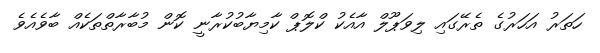
ހަތަރު އަހަރުގެ ތެރޭގައި ލިވަޕޫލް އާއެކު ކްލޮޕް ކާމިޔާބުކުރާނީ ކޮން މުބާރާތްތަކެއް ބާވެއެވެ